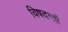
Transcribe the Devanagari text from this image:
विषदन्तों